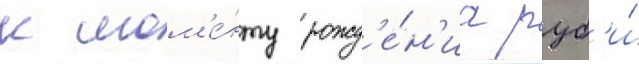
к мом'е́нту рожд'е́н'иа руб'и́